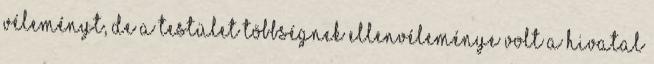
véleményt, de a testület többségnek ellenvéleménye volt a hivatal